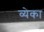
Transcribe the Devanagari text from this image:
व्येका